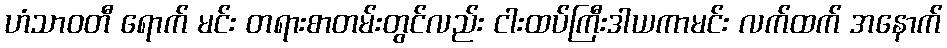
ဟံသာဝတီ ရောက် မင်း တရားစာတမ်းတွင်လည်း ငါးထပ်ကြီးဒါယကာမင်း လက်ထက် အနောက်